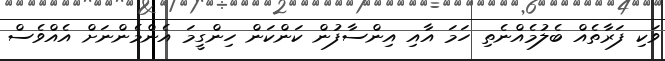
ވަކި ފަރާތެއް ބެލުމެއްނެތި ހަމަ އާއި އިންސާފުން ކަންކަން ހިންގީމަ އެންމެންނަށް އެއްވެސް